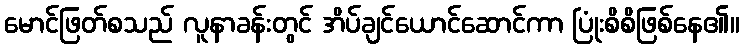
မောင်ဖြတ်စသည် လူနာခန်းတွင် အိပ်ချင်ယောင်ဆောင်ကာ ပြုံးစိစိဖြစ်နေ၏။